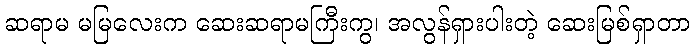
ဆရာမ မမြလေးက ဆေးဆရာမကြီးကွ၊ အလွန်ရှားပါးတဲ့ ဆေးမြစ်ရှာတာ